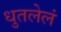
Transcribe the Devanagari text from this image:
धुतलेलं